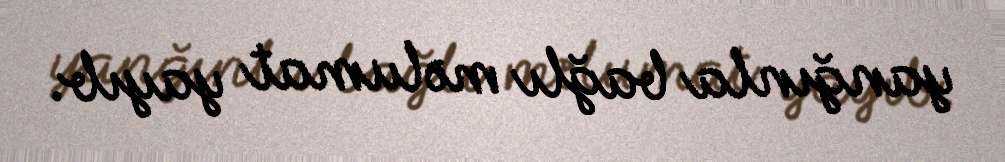
yanğınla bağlı məlumat yayıb.